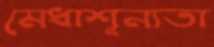
মেধাশূন্যতা